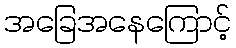
အခြေအနေကြောင့်